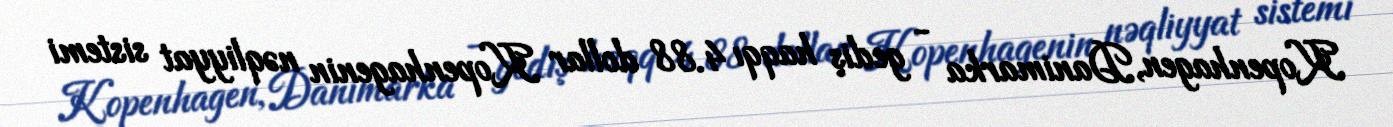
Kopenhagen, Danimarka - gediş haqqı 4.88 dollar Kopenhagenin nəqliyyat sistemi